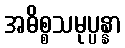
အဓိစ္စသမုပ္ပန္နာ